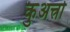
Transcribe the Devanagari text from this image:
कुअत्त्रो